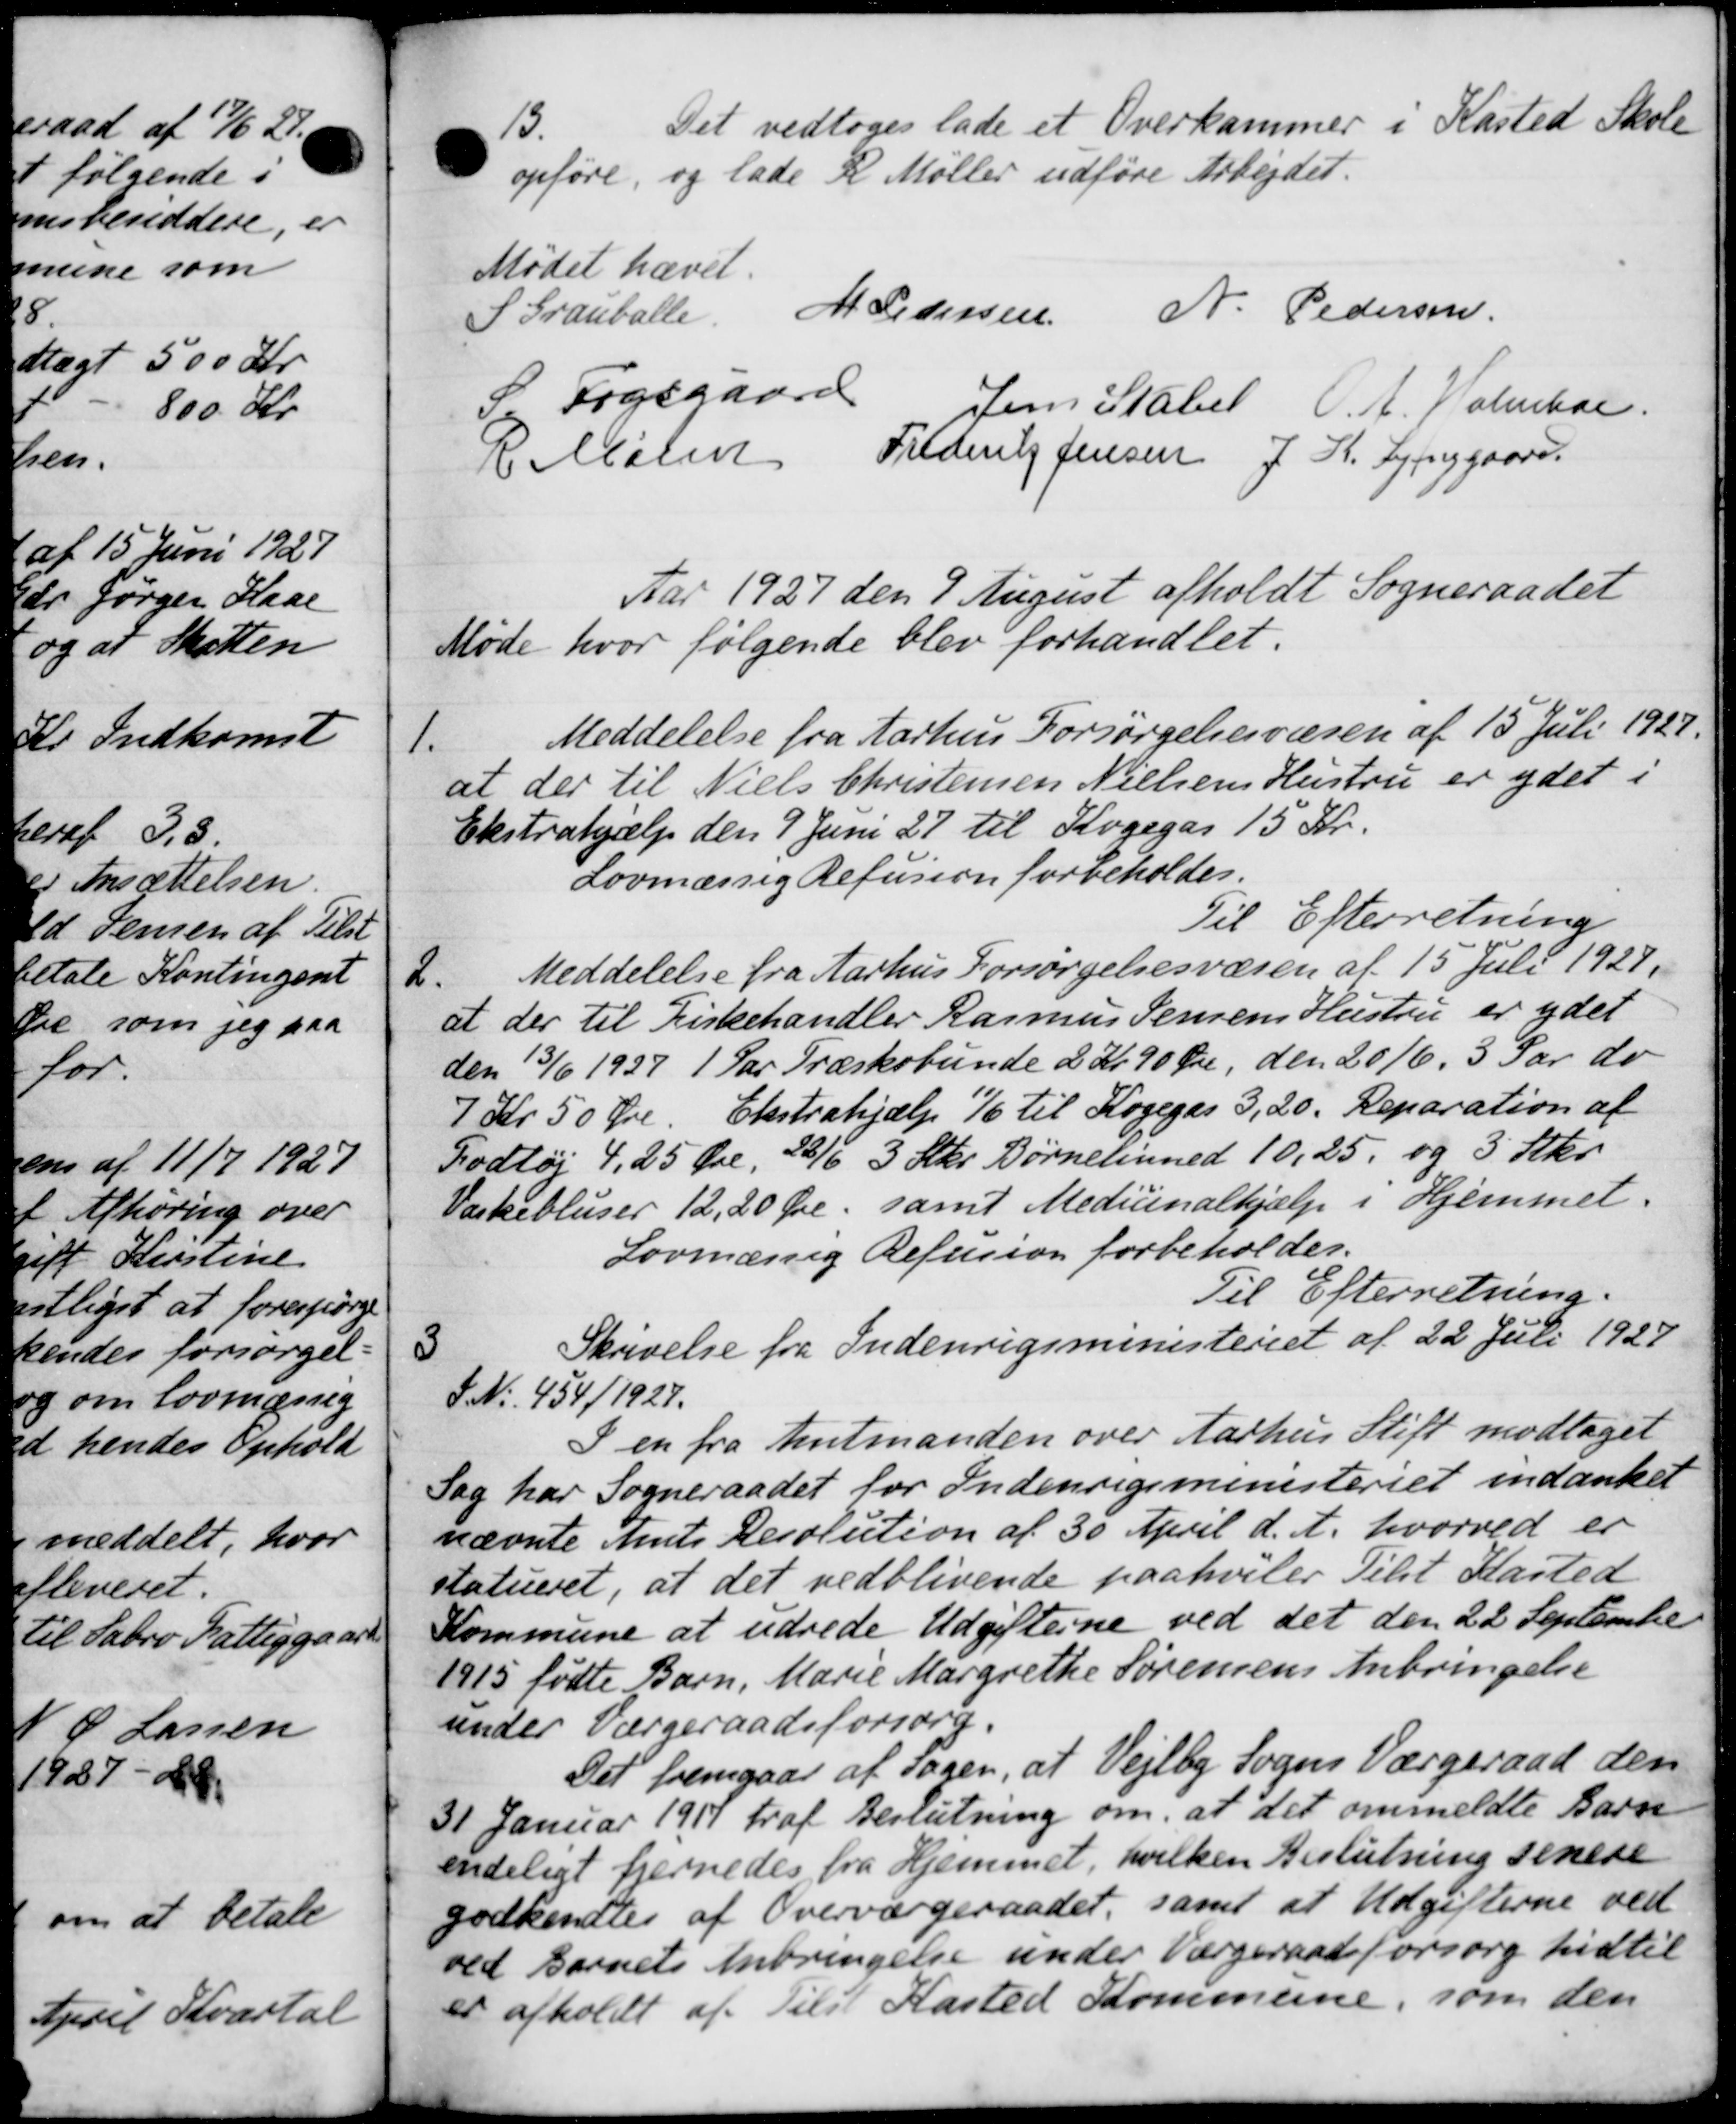
Transskription:
13
Det vedtoges lade et Overkammer i Kasted Skole
 opføre, og lade R. Møller udføre Arbejdet.
Mødet hævet.
S Grauballe. M Pedersen N. Pedersen
S. Fogsgaard
Jens Stabel O. A. Holmboe
C Mølen
Frederik Jensen J. K. Lynggaard
Aar 1927 den 9 August afholdt Sogneraadet
Møde hvor følgende blev forhandlet.
1.
Meddelelse fra Aarhus Forsørgelsesvæsen af 15 Juli 1927.
at der til Niels Christensen Nielsens Hustru er ydet i
Ekstrahjælp den 9 Juni 27 til Kogegar 15 Kr.
Lovmæssig Refusion forbeholdes.
Til Efterretning
2.
Meddelelse fra Aarhus Forsørgelsesvæsen af 15 Juli 1927.
at der til Kirkehandler Rasmus Jensens Hustru er ydet
den 13/6 1927 1 Par Træskobunde 2 Kr 90 Øre, den 20/6. 3 Par do
7 Kr 50 Øre. Ekstrahjælp 1/6 til Kogegas 3,20. Reparation af
Fodtøj 4, 25 Øre, 28/6 3 Stkr. Børnehuned 10,25 og 3 Skr.
Varkebluser 12,20 Øre, samt Medicinalhjælp i Hjemmet.
Lovmæssig Refusion forbeholdes.
Til Efterretning.
3
Skrivelse fra Indenrigsministeriet af 22 Juli 1927
S. Nr. 454/1927.
I en fra Amtmanden over Aarhus Stift modtaget
Sag har Sogneraadet for Indenrigsministeriet indanket
nævnte Amts Resolution af 30 April d. A. hvorved er
statueret, at det vedblivende paahviler Tilst Kasted
Kommune at udrede Udgifterne ved det den 22 Septembe
1915 fødte Barn, Marie Margrethe Sørensens Anbringelse
under Værgeraadsforsorg.
Det fremgaar af sagen, at Vejlby Sogns Værgeraad den
31 Januar 1917 traf Beslutning om, at det ommeldte Barn
endeligt fjernedes fra Hjemmet, hvilken Beslutning senere
godkendtes af Overværgeraadet, samt at Udgifterne ved
ved Barnets Anbringelse under Værgeraadsforsorg hidtil
er afholdt af Tilst Kasted Kommune, som den